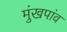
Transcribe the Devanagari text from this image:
मुंखपांव